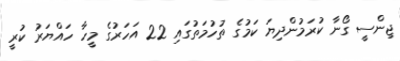
ޖިންސީ ގޯނާ ކުރަމުންދިޔަ ކަމުގެ ތުހުމަތުގައި 22 އަހަރުގެ މީހާ ހައްޔަރު ކުރީ